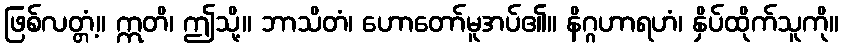
ဖြစ်လတ္တံ့။ ဣတိ၊ ဤသို့။ ဘာသိတံ၊ ဟောတော်မူအပ်၏။ နိဂ္ဂဟာရဟံ၊ နှိပ်ထိုက်သူကို။